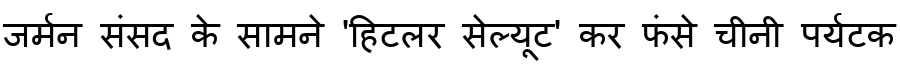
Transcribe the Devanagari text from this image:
जर्मन संसद के सामने 'हिटलर सेल्यूट' कर फंसे चीनी पर्यटक